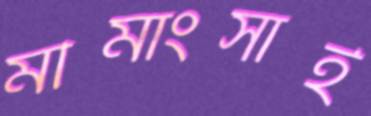
মীমাংসাই